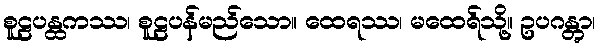
စူဠပန္ထကဿ၊ စူဠပန်မည်သော။ ထေရဿ၊ မထေရ်သို့။ ဥပဂန္တွာ၊